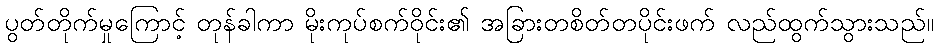
ပွတ်တိုက်မှုကြောင့် တုန်ခါကာ မိုးကုပ်စက်ဝိုင်း၏ အခြားတစိတ်တပိုင်းဖက် လည်ထွက်သွားသည်။